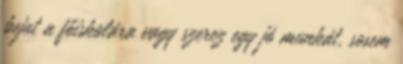
bejut a főiskolára vagy szerez egy jó munkát, sosem